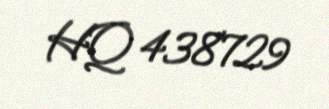
HQ 438729